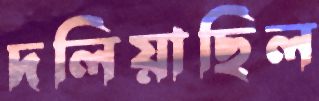
দলিয়াছিল